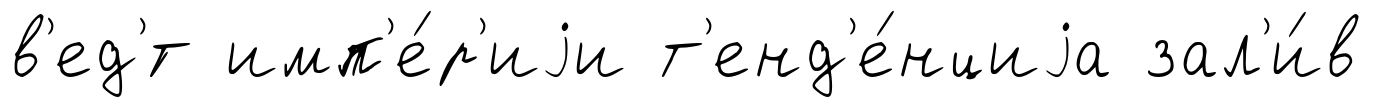
в'ед'́т имп'е́р'иjи т'енд'е́нциjа зал'и́в